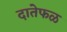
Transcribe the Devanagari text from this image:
दातेफळ